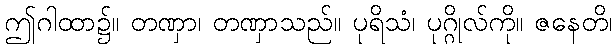
ဤဂါထာ၌။ တဏှာ၊ တဏှာသည်။ ပုရိသံ၊ ပုဂ္ဂိုလ်ကို။ ဇနေတိ၊